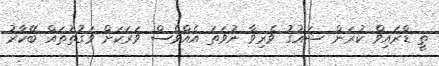
ތީ ޑްރައިވް ކުރަން ޝައުގު ވެރިވާ ނުވަތަ އެއްވެސް ވަރަކަށް ވަގުތުތައް ބޭކާރު